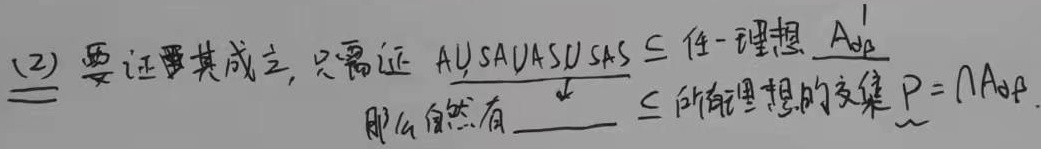
要证其成立，只需证 \(A\cup SA\cup AS\cup SAS\subseteq\) 任一理想 \(A_{\alpha\beta}'\)，那么自然有 \(\underline{\quad}\subseteq\) 所有理想的交集 \(P = \bigcap A_{\alpha\beta}\)。